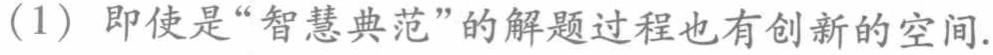
(1) 即使是“智慧典范”的解题过程也有创新的空间.